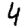
Digit: 4